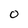
Character: o